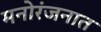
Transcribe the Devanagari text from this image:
मनोरंजनात